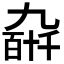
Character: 𫡰